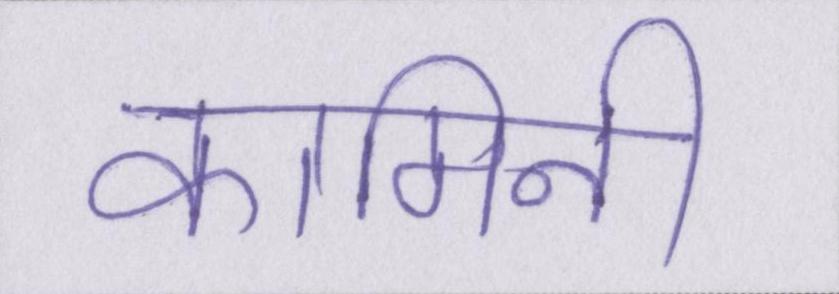
कामिनी